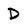
Character: D